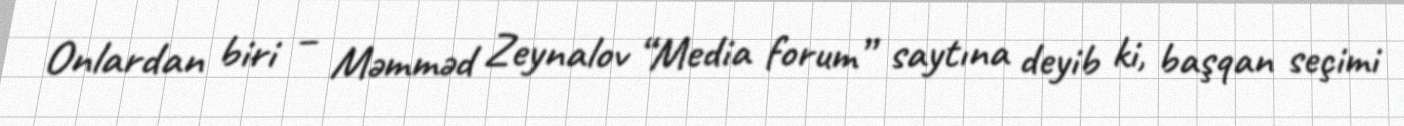
Onlardan biri – Məmməd Zeynalov “Media forum” saytına deyib ki, başqan seçimi